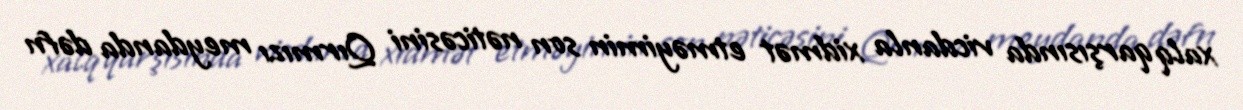
xalq qarşısında vicdanla xidmət etməyimin son nəticəsini Qırmızı meydanda dəfn